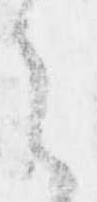
言